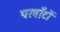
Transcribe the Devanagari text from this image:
पलाँटों